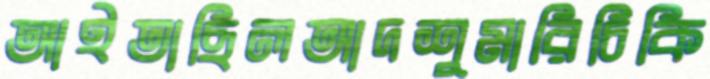
আইতাছিলআদশুমারিচিকি